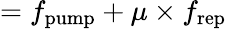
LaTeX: =f_{\mathrm{pump}}+\mu\times f_{\mathrm{rep}}